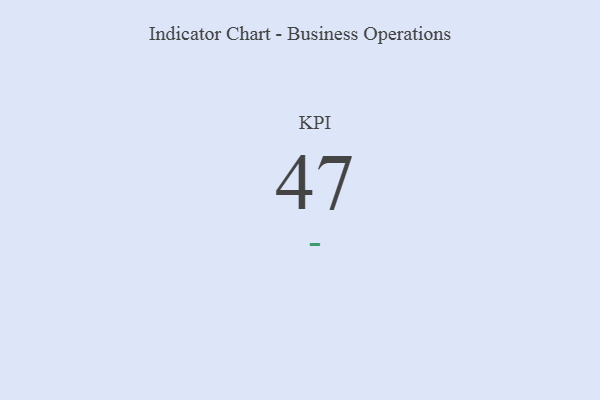
{"axis": {"x": "KPI", "y": "Value"}, "legend": [""], "data": [{"x": "KPI", "y": 47, "type": ""}]}